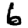
Digit: 6